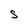
Character: S